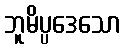
ဘူမိပ္ပဒေသော